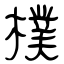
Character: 樸